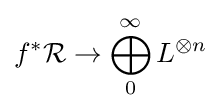
f^{*}{\mathcal {R}}\to \bigoplus _{0}^{\infty }L^{\otimes n}